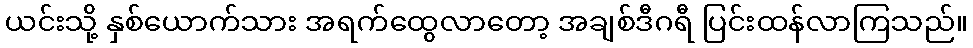
ယင်းသို့ နှစ်ယောက်သား အရက်ထွေလာတော့ အချစ်ဒီဂရီ ပြင်းထန်လာကြသည်။